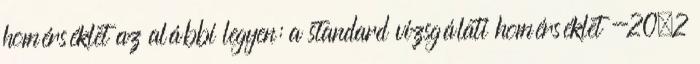
hõmérséklet az alábbi legyen: a standard vizsgálati hõmérséklet -20±2